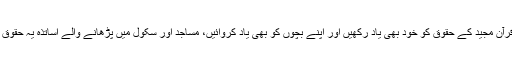
ضرور اس بات کی ہے کہ ہم قرآن مجید کے حقوق کو خود بھی یاد رکھیں اور اپنے بچوں کو بھی یاد کروائیں، مساجد اور سکول میں پڑھانے والے اساتذہ یہ حقوق بچوں کو ابھی سے یاد کروالیں۔